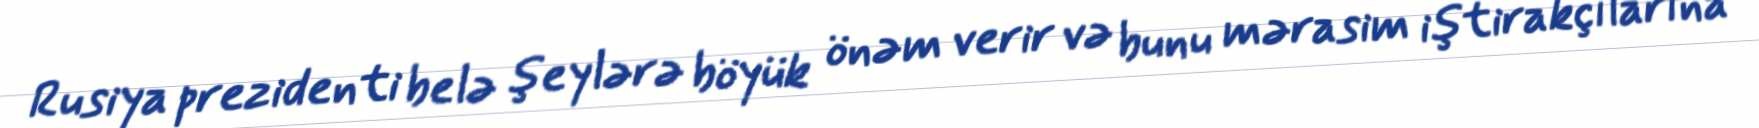
Rusiya prezidenti belə şeylərə böyük önəm verir və bunu mərasim iştirakçılarına